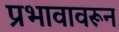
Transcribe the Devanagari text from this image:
प्रभावावरून